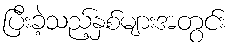
ပြီးခဲ့သည့်နှစ်များအတွင်း